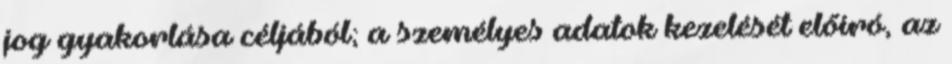
jog gyakorlása céljából; a személyes adatok kezelését előíró, az